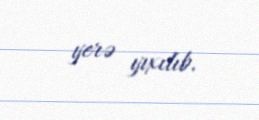
yerə yıxılıb.